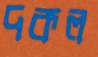
দকল